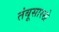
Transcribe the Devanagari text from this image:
तंबूसारखे